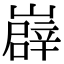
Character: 㠔